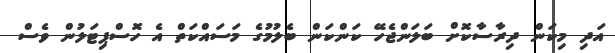
އަދި މިކަން ދިރާސާކޮށް ބަލަންޖެހޭ ކަންކަން ބެލުމުގެ މަސައްކަތް އެ ހޮސްޕިޓަލުން ވެސް